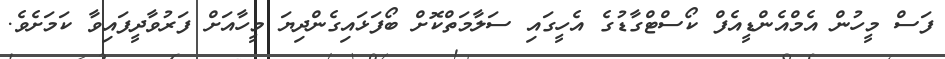
ފަސް މީހުން އެމްއެންޑީއެފް ކޯސްޓްގާޑުގެ އެހީގައި ސަލާމަތްކޮށް ބޯފަޅައިގެންދިޔަ މީހާއަށް ފަރުވާދީފައިވާ ކަމަށެވެ.